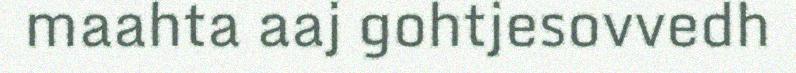
maahta aaj gohtjesovvedh